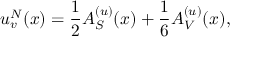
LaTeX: u _ { v } ^ { N } ( x ) = \frac { 1 } { 2 } A _ { S } ^ { ( u ) } ( x ) + \frac { 1 } { 6 } A _ { V } ^ { ( u ) } ( x ) ,